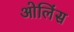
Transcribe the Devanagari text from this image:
ओलिंस